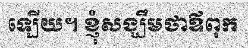
ឡើយ។ ខ្ញុំសង្ឃឹមថាឪពុក